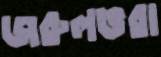
জরুলভরা